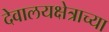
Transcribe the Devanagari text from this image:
देवालयक्षेत्राच्या